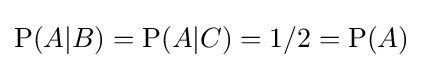
\mathrm {P} (A|B)=\mathrm {P} (A|C)=1/2=\mathrm {P} (A)